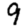
Digit: 9